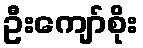
ဦးကျော်စိုး